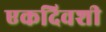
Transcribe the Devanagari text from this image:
एकदिवशी